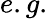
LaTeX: e.g.